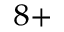
^ { 8 + }